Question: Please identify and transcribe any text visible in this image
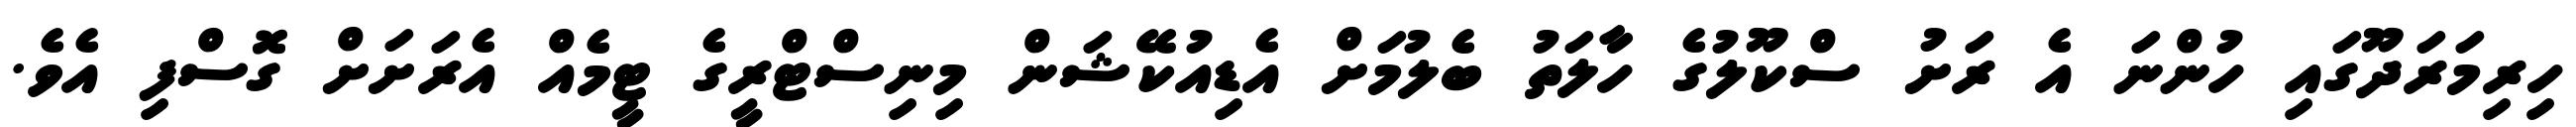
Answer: ހިރިމަރަދޫގައި ހުންނަ އެ ރަށު ސްކޫލުގެ ހާލަތު ބެލުމަށް އެޑިއުކޭޝަން މިނިސްޓްރީގެ ޓީމެއް އެރަށަށް ގޮސްފި އެވެ.